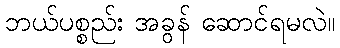
ဘယ်ပစ္စည်း အခွန် ဆောင်ရမလဲ။